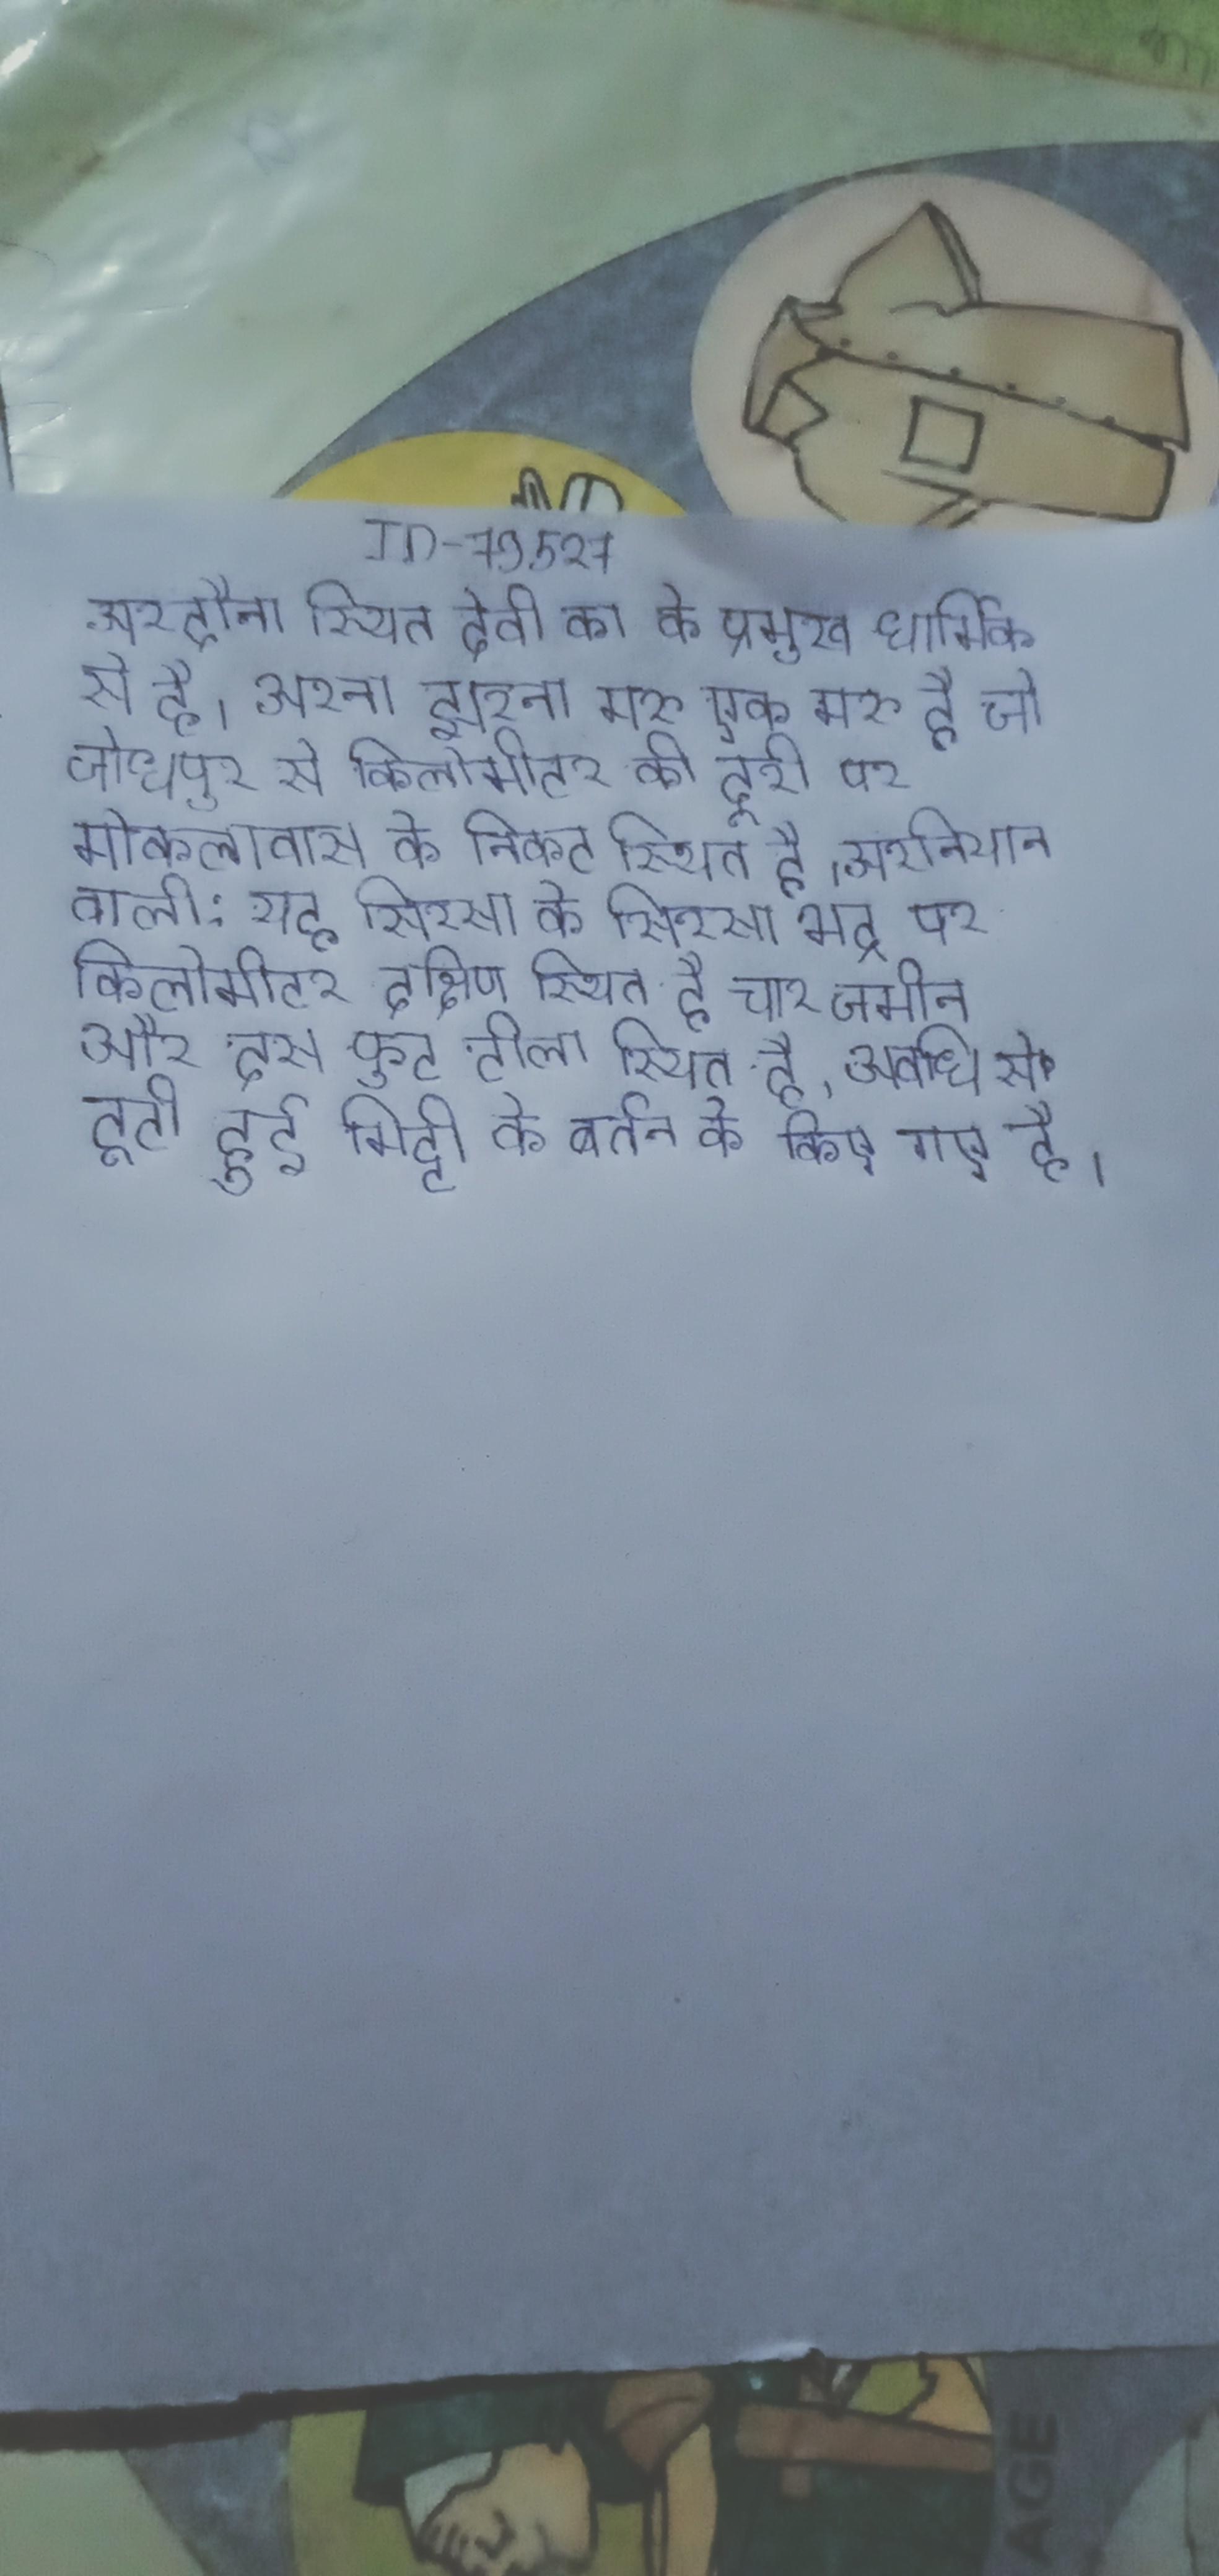
अरदौना स्थित देवी का के प्रमुख धार्मिक से है । अरना झरना मरु एक मरु है जो जोधपुर से किलोमीटर की दूरी पर मोकलावास के निकट स्थित है । अरनियान वाली: यह सिरसा के सिरसा भद्र पर किलोमीटर दक्षिण स्थित है चार जमीन और दस फुट टीला स्थित है, अवधि से टूटी हुई मिट्टी के बर्तन के किए गए है ।